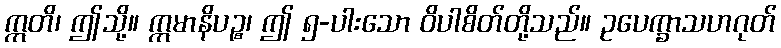
ဣတိ၊ ဤသို့။ ဣမာနိပဉ္စ၊ ဤ ၅-ပါးသော ဝိပါစိတ်တို့သည်။ ဥပေက္ခာသဟဂုတ်